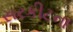
સરકીટના